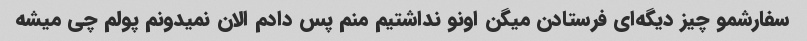
سفارشمو چیز دیگه‌ای فرستادن میگن اونو نداشتیم منم پس دادم الان نمیدونم پولم چی میشه